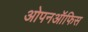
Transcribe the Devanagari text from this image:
ओपनऑफिस